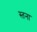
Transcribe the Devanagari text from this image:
स्तना